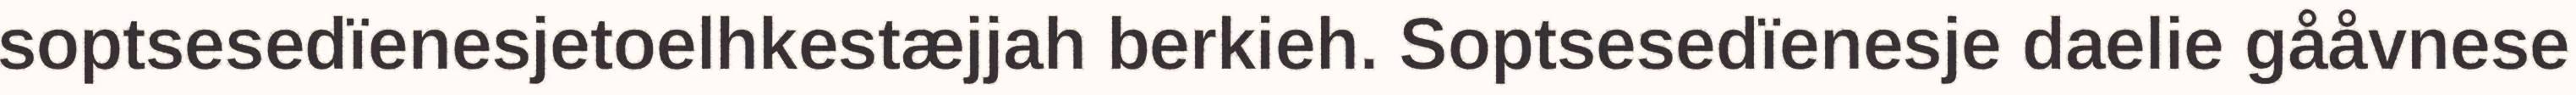
soptsesedïenesjetoelhkestæjjah berkieh. Soptsesedïenesje daelie gååvnese